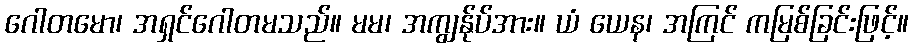
ဂေါတမော၊ အရှင်ဂေါတမသည်။ မမ၊ အကျွန်ုပ်အား။ ယံ ယေန၊ အကြင် ကမြစ်ခြင်းဖြင့်။